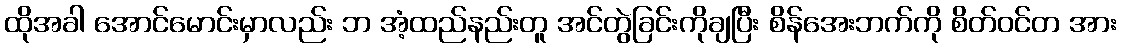
ထိုအခါ အောင်မောင်းမှာလည်း ဘ အံ့ထည်နည်းတူ အင်တွဲခြင်းကိုချပြီး စိန်အေးဘက်ကို စိတ်ဝင်တ အား